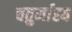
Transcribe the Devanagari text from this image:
चतुर्मास्य